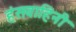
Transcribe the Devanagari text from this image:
हंसवाहिनी